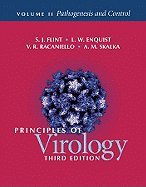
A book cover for Principles of Virology- Pathogenesis & Control 3rd EDITION; Medical Books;